Civil Veterinary Department. Madras. Admin. report 1926-33 - 1926-1933
Year: 1926
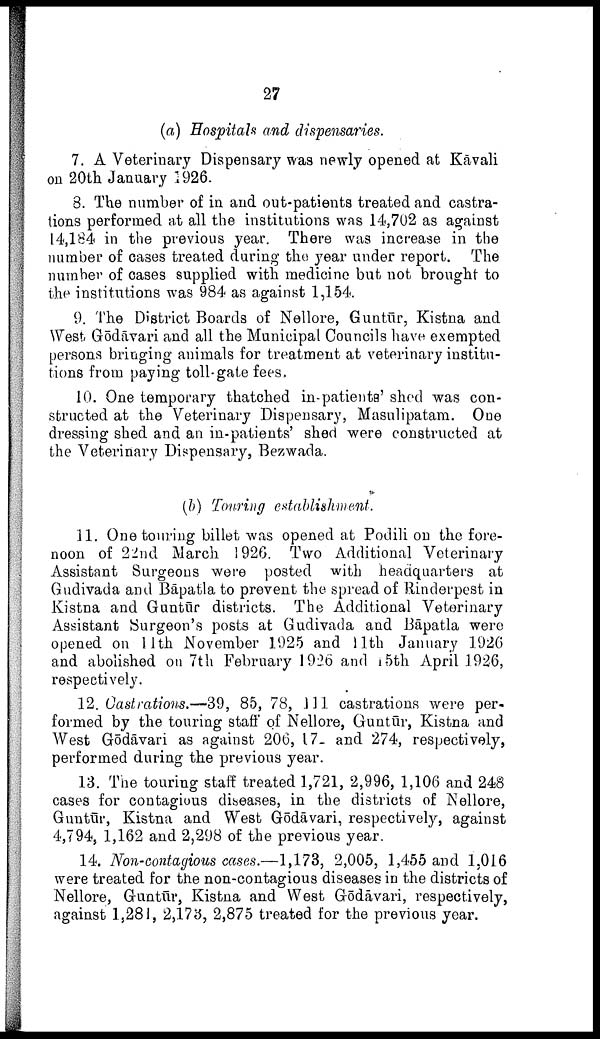
27
(a) Hospitals and dispensaries.
7. A Veterinary Dispensary was newly opened at Kāvali
on 20th January 1926.
3. The number of in and out-patients treated and castra
tions performed at all the institutions was 14,702 as against
14,184 in the previous year. There was increase in the
number of cases treated during the year under report. The
number of cases supplied with medicine but not brought to
the institutions was 984 as against 1,154.
9. The District Boards of Nellore, Guntūr, Kistna and
West Gōdāvari and all the Municipal Councils have exempted
persons bringing animals for treatment at veterinary institu
tions from paying toll-gate fees.
10. One temporary thatched in-patients' shod was con
structed at the Veterinary Dispensary, Masulipatam. One
dressing shed and an in-patients' shed were constructed at
the Veterinary Dispensary, Bezwada.
(b) Touring establishment.
11. One touring billet was opened at Podili on the fore
noon of 22nd March 1926. Two Additional Veterinary
Assistant Surgeons were posted with headquarters at
Gudivada and Bāpatla to prevent the spread of Rinderpest in
Kistna and Guntūr districts. The Additional Veterinary
Assistant Surgeon's posts at Gudivada and Bāpatla were
opened on 11th November 1925 and 11th January 1926
and abolished on 7th February 1926 and 15th April 1926,
respectively.
12. Castrations.—39, 85, 78, 111 castrations were per
formed by the touring staff of Nellore, Guntūr, Kistna and
West Gōdāvari as against 206, 17- and 274, respectively,
performed during the previous year.
13. The touring staff treated 1,721, 2,996, 1,106 and 248
cases for contagious diseases, in the districts of Nellore,
Guntūr, Kistna and West Gōdāvari, respectively, against
4,794, 1,162 and 2,298 of the previous year.
14. Non-contagious cases.—1,173, 2,005, 1,455 and 1,016
were treated for the non-contagious diseases in the districts of
Nellore, Guntūr, Kistna and West Gōdāvari, respectively,
against 1,281, 2,173, 2,875 treated for the previous year.